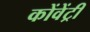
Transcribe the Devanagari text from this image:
कोंवेंट्री